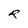
Character: R